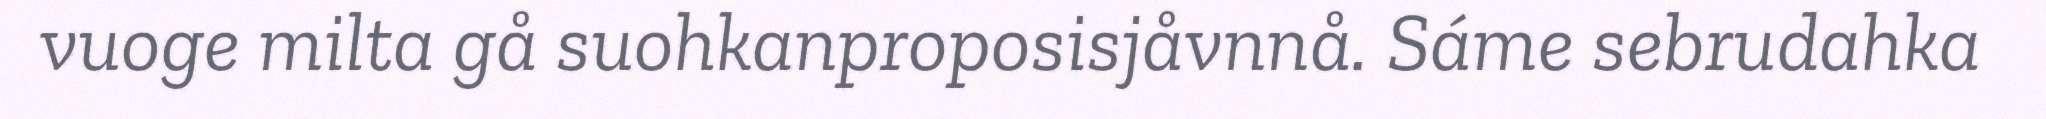
vuoge milta gå suohkanproposisjåvnnå. Sáme sebrudahka